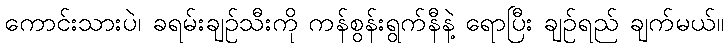
ကောင်းသားပဲ၊ ခရမ်းချဉ်သီးကို ကန်စွန်းရွက်နီနဲ့ ရောပြီး ချဉ်ရည် ချက်မယ်။